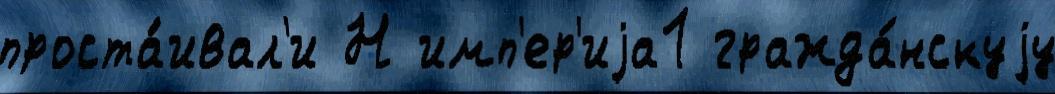
проста́ивал'и Н имп'ер'иjа1 гражда́нскуjу